Problem: 35 + 44 = ?
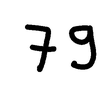
Handwritten answer: 79